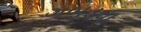
ગબડવા